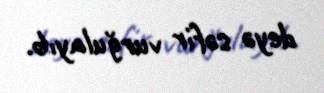
deyə səfir vurğulayıb.